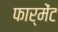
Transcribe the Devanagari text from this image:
फार्मेंट